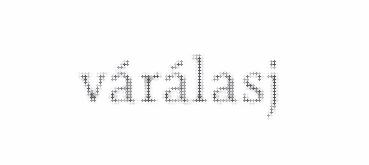
várálasj